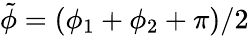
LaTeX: \tilde{\phi}=(\phi_{1}+\phi_{2}+\pi)/2